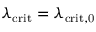
\lambda _ { \mathrm { c r i t } } = \lambda _ { \mathrm { c r i t , 0 } }